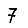
Digit: 7